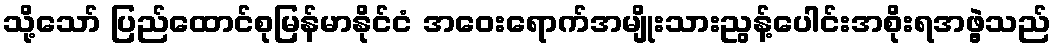
သို့သော် ပြည်ထောင်စုမြန်မာနိုင်ငံ အဝေးရောက်အမျိုးသားညွန့်ပေါင်းအစိုးရအဖွဲ့သည်